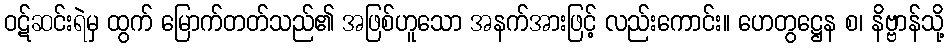
ဝဋ်ဆင်းရဲမှ ထွက် မြောက်တတ်သည်၏ အဖြစ်ဟူသော အနက်အားဖြင့် လည်းကောင်း။ ဟေတွဋ္ဌေန စ၊ နိဗ္ဗာန်သို့